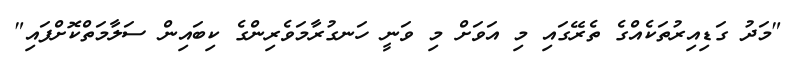
"މަދު ގަޑިއިރުތަކެއްގެ ތެރޭގައި މި އަވަށް މި ވަނީ ހަނގުރާމަވެރިންގެ ކިބައިިން ސަލާމަތްކޮށްފައި"